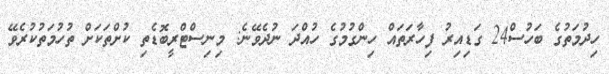
ހިދުމަތުގެ ބަހުސް24 ގަޑިއިރު ފިހާރަތައް ހިންގުމުގެ ހުއްދަ ނުދެވޭނެ: މިނިސްޓްރީބޮޑެތި ކުށްތަކަށް ތުހުމަތުކުރެވޭ